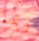
ربما